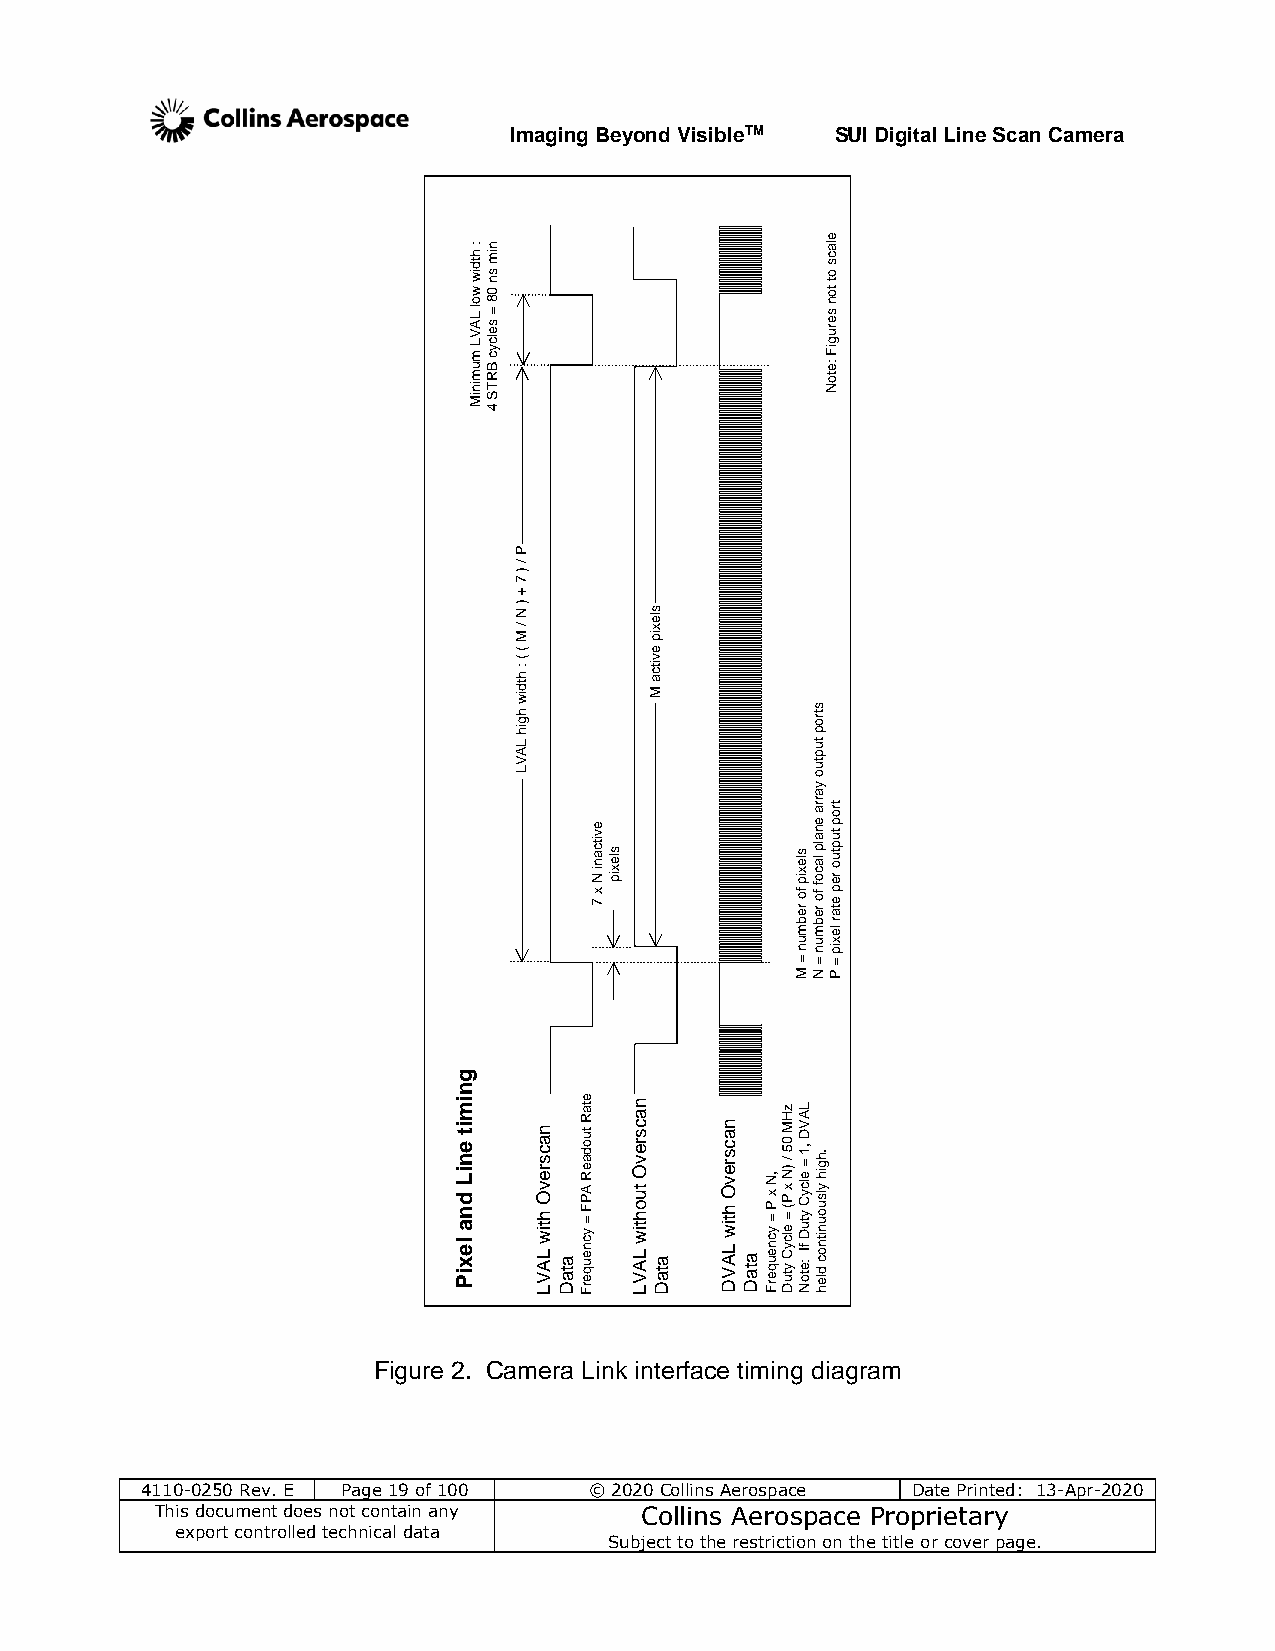
Imaging Beyond VisibleTM SUI Digital Line Scan Camera
 e
 Minimum
 LVAL
 low
 width
 :
 4
 STRB
 cycles
 =
 80
 ns
 min
 Note:
 Figures
 not
 to
 scal
 s ort
 p
 ut
 p
 ut
 o
 y
 a
 7
 x
 N
 inactive
 pixels
 er
 of
 pixels
 er
 of
 focal
 plane
 arr
 ate
 per
 output
 port
 mb mb
 el
 r
 M
 =
 nu
 N
 =
 nu
 P
 =
 pix
 g
 n
 Pixel
 and
 Line
 timi
 LVAL
 with
 Overscan
 Data
 Frequency
 =
 FPA
 Readout
 Rate
 LVAL
 without
 Overscan
 Data DVAL
 with
 Overscan
 Data
 Frequency
 = P
 x
 N,
 Duty
 Cycle
 =
 (P x
 N) /
 50
 MHz
 Note: If
 Duty
 Cycle
 =
 1,
 DVAL
 held
 continuously
 high.
 Figure 2. Camera Link interface timing diagram
 4110-0250 Rev. E Page 19 of 100 © 2020 Collins Aerospace Date Printed: 13-Apr-2020
 This document does not contain any Collins Aerospace Proprietary
 export controlled technical data
 Subject to the restriction on the title or cover page.
 P
 /
 )
 7
 +
 ) N
 /
 M
 (
 (
 :
 htdiw
 hgih
 LAVL
 slexip
 evitca
 M